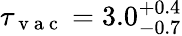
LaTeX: \tau_{\mathrm{~v~a~c~}}=3.0_{-0.7}^{+0.4}